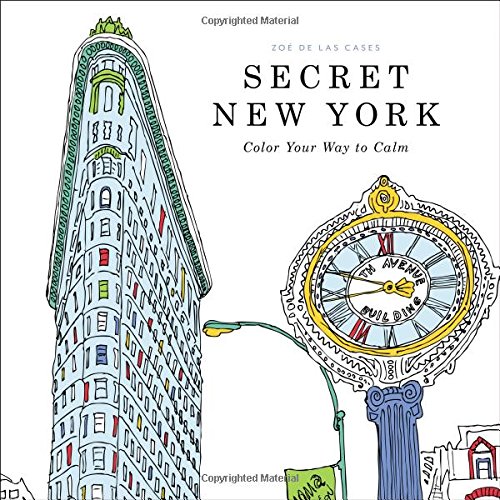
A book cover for Secret New York: Color Your Way to Calm; Humor & Entertainment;